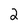
Character: 2